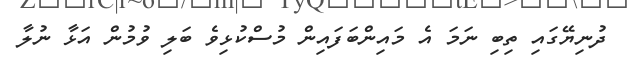
ދުނިޔޭގައި ތިބި ނަމަ އެ މައިންބަފައިން މުސްކުޅިވެ ބަލި ވުމުން އަޅާ ނުލާ